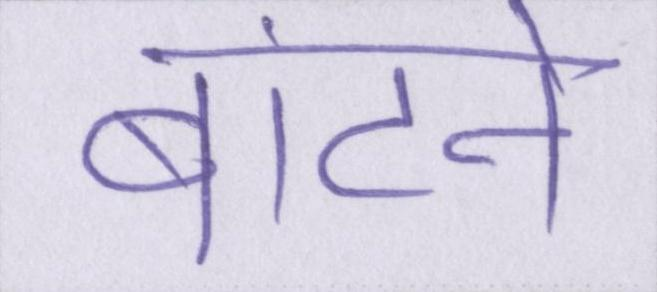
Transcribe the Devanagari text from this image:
बांटने